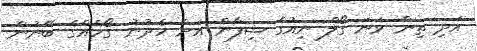
އަދި ތިން ވަނަ ގޯލް ނިއުގެ ޝިފާން އަށް ހެދުނު ގޯހެއްގެ ބޭނުން